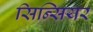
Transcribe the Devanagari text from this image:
सिन्सियर